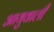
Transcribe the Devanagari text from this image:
आयुवाली